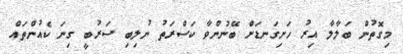
މިގޮތުން ބަލާލާ އިރު ހަށިގަނޑަށް ބޭނުންވާ ކަސްރަތު ނުލިބި ސަރުބީ ގިނަ ކެއުންތައް